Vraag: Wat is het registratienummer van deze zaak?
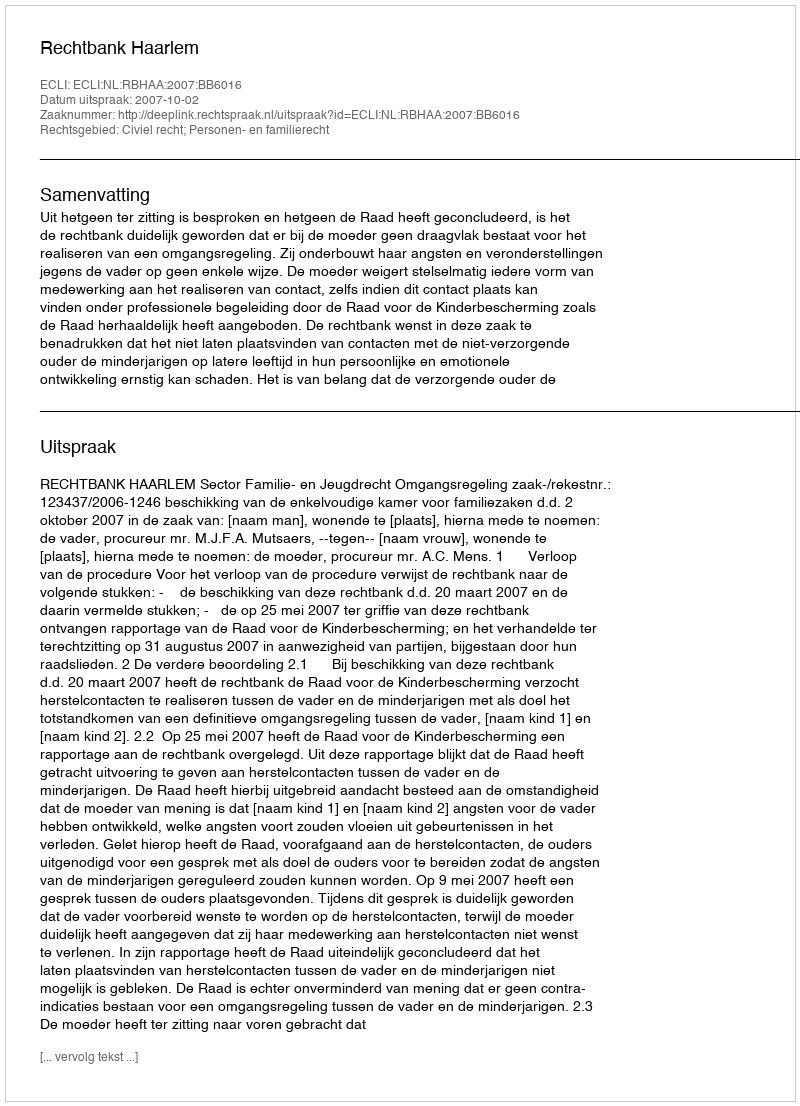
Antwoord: http://deeplink.rechtspraak.nl/uitspraak?id=ECLI:NL:RBHAA:2007:BB6016